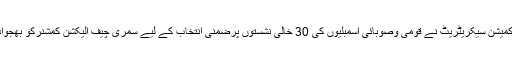
الیکشن کمیشن سیکریٹریٹ نے قومی وصوبائی اسمبلیوں کی 30 خالی نشستوں پرضمنی انتخاب کے لیے سمری چیف الیکشن کمشنرکو بھجوادی ہے۔